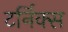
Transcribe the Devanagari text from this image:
टर्निक्स